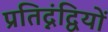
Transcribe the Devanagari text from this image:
प्रतिद्नंद्वियों